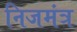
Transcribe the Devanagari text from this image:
निजमंत्र